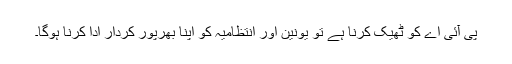
پی آئی اے کو ٹھیک کرنا ہے تو یونین اور انتظامیہ کو اپنا بھرپور کردار ادا کرنا ہوگا۔